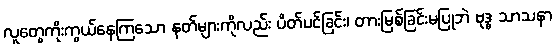
လူတွေကိုးကွယ်နေကြသော နတ်များကိုလည်း ပိတ်ပင်ခြင်း၊ တားမြစ်ခြင်းမပြုဘဲ ဗုဒ္ဓ သာသနာ